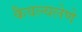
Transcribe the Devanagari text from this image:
कैवल्यलेणे